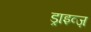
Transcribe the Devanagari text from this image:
ड्राइव्ज़